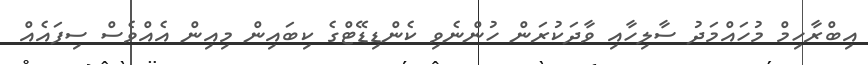
އިބްރާހިމް މުހައްމަދު ސާލިހާއި ވާދަކުރަން ހުންނެވި ކެންޑިޑޭޓްގެ ކިބައިން މިއިން އެއްވެސް ސިފައެއް